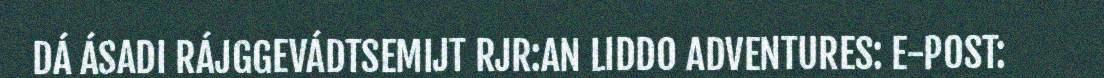
DÁ ÁSADI RÁJGGEVÁDTSEMIJT RJR:AN LIDDO ADVENTURES: E-POST: